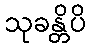
သုခန္တိပိ